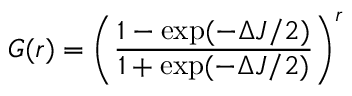
G ( r ) = { \left( \frac { 1 - \exp ( - \Delta J / 2 ) } { 1 + \exp ( - \Delta J / 2 ) } \right) } ^ { r }